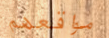
مواقعهم